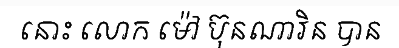
នោះ លោក ម៉ៅ ប៊ុនណារិន បាន